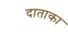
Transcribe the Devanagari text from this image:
दाताका